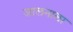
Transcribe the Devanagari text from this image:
जालनाला